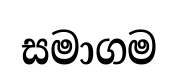
සමාගම